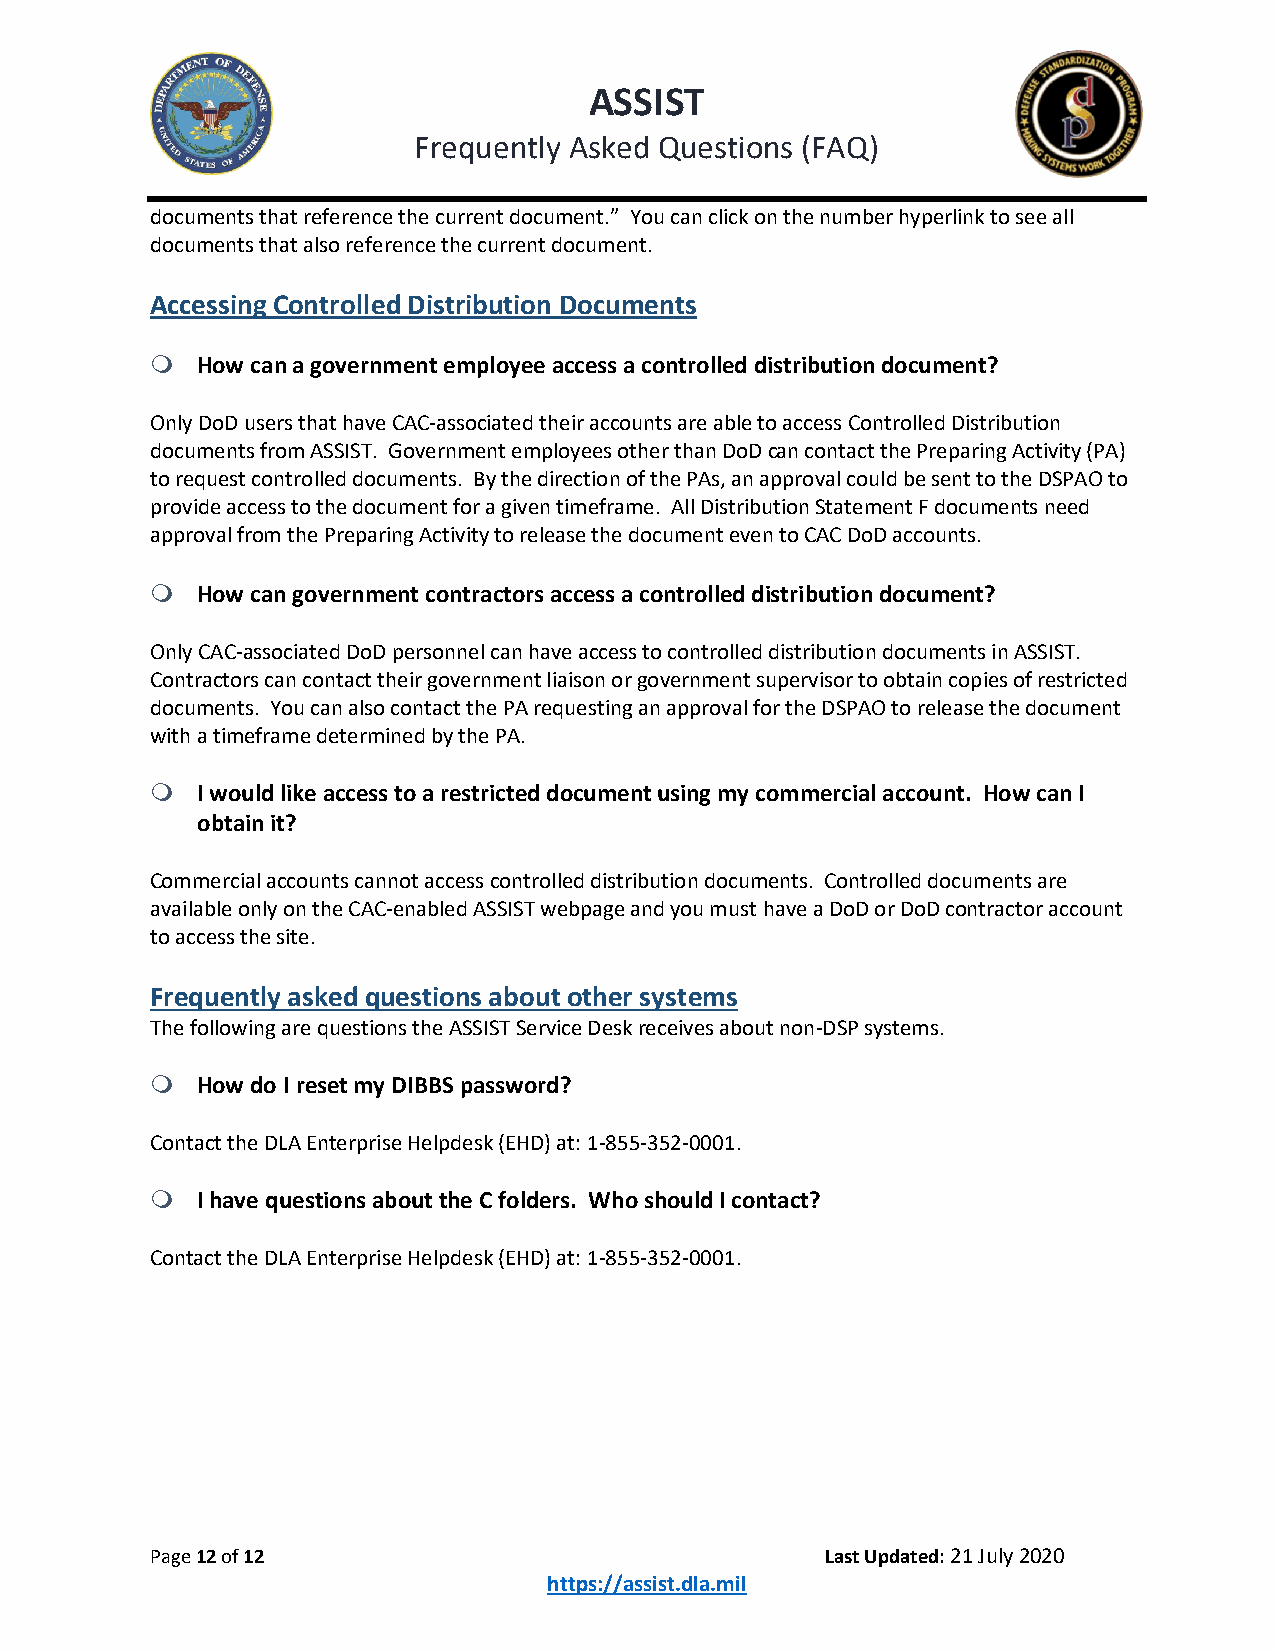
ASSIST
 Frequently Asked Questions (FAQ)
 documents that reference the current document.” You can click on the number hyperlink to see all
 documents that also reference the current document.
 Accessing Controlled Distribution Documents
   How can a government employee access a controlled distribution document?
 Only DoD users that have CAC-associated their accounts are able to access Controlled Distribution
 documents from ASSIST. Government employees other than DoD can contact the Preparing Activity (PA)
 to request controlled documents. By the direction of the PAs, an approval could be sent to the DSPAO to
 provide access to the document for a given timeframe. All Distribution Statement F documents need
 approval from the Preparing Activity to release the document even to CAC DoD accounts.
   How can government contractors access a controlled distribution document?
 Only CAC-associated DoD personnel can have access to controlled distribution documents in ASSIST.
 Contractors can contact their government liaison or government supervisor to obtain copies of restricted
 documents. You can also contact the PA requesting an approval for the DSPAO to release the document
 with a timeframe determined by the PA.
   I would like access to a restricted document using my commercial account. How can I
 obtain it?
 Commercial accounts cannot access controlled distribution documents. Controlled documents are
 available only on the CAC-enabled ASSIST webpage and you must have a DoD or DoD contractor account
 to access the site.
 Frequently asked questions about other systems
 The following are questions the ASSIST Service Desk receives about non-DSP systems.
   How do I reset my DIBBS password?
 Contact the DLA Enterprise Helpdesk (EHD) at: 1-855-352-0001.
   I have questions about the C folders. Who should I contact?
 Contact the DLA Enterprise Helpdesk (EHD) at: 1-855-352-0001.
 Page 12 of 12                                Last Updated: 21 July 2020
 https://assist.dla.mil